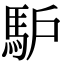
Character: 馿